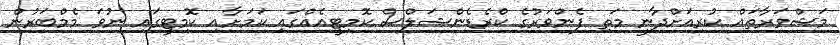
މަޝްވަރާތައް ކުރިއަށްދާނީ މަތި ފެންވަރުގެ ކްރެޑެންޝަލްސް ކޮމިޓީއެއްގައި ކަމަށާއި ކޮމިޓީގައި ނުވަ މެމްބަރުން